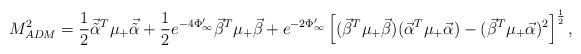
LaTeX: \begin{align*}M_{ADM}^2 = {1\over 2 }{\vec {\tilde\alpha}^T} \mu_+ {\vec {\tilde\alpha}}+ {{1\over 2} }e^{-4\Phi'_\infty} {\vec \beta}^T \mu_+{\vec \beta} + e^{-2\Phi'_\infty} \left [({\vec \beta}^T\mu_+{\vec \beta})({\vec \alpha}^T\mu_+{\vec \alpha})-({\vec \beta}^T\mu_+{\vec \alpha})^2\right]^{1\over 2},\end{align*}